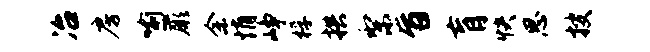
冶房喻蕨余悄峥桴拱梨旨肓快思搜